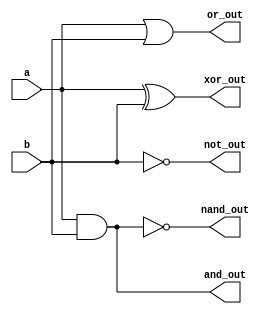
module basic_gates(
  input a,b,
  output and_out,
  output or_out,
  output not_out,
  output nand_out,
  output xor_out
);
  
  assign and_out = a & b; // assign means a continous assignment 
  assign or_out = a | b;
  assign not_out = ~b;
  assign nand_out = ~(a & b);
  assign xor_out = a ^ b;
  
endmodule